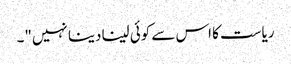
ریاست کا اس سے کوئی لینا دینا نہیں"۔